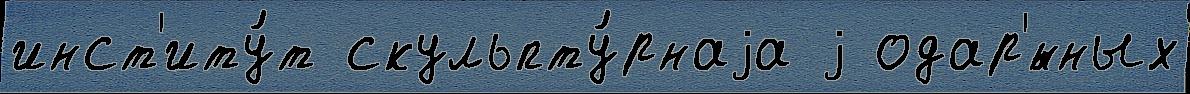
инст'иту́т скульпту́рнаjа j одар'́нных